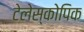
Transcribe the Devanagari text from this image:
टेलेस्कोपिक